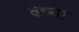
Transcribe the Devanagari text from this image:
वेच्या